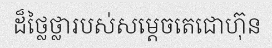
ដ៏ថ្លៃថ្លារបស់សម្តេចតេជោហ៊ុន